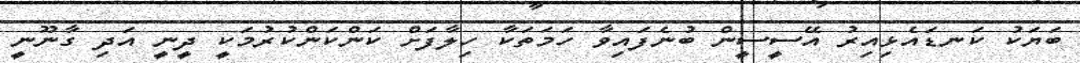
ބަޔަކު ކަނޑައެޅިއިރު އޭސީސީން ބުނެފައިވާ ހަމަތަކާ ހިލާފަށް ކަންކަންކުރުމަކީ ދީނީ އަދި ގާނޫނީ